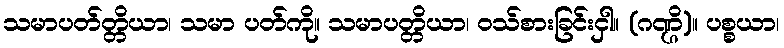
သမာပတ်တ္တိယာ၊ သမာ ပတ်ကို။ သမာပတ္တိယာ၊ ဝသ်စားခြင်းငှါ။ (ဂဏ္ဌိ)။ ပစ္စယာ၊